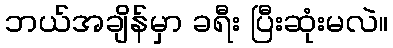
ဘယ်အချိန်မှာ ခရီး ပြီးဆုံးမလဲ။